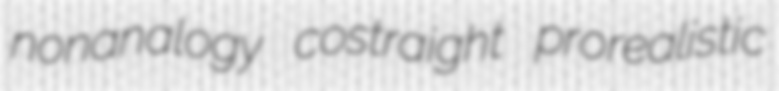
nonanalogy costraight prorealistic